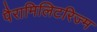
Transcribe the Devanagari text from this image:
पैरामिलिटरिज्म